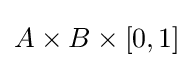
A\times B\times [0,1]